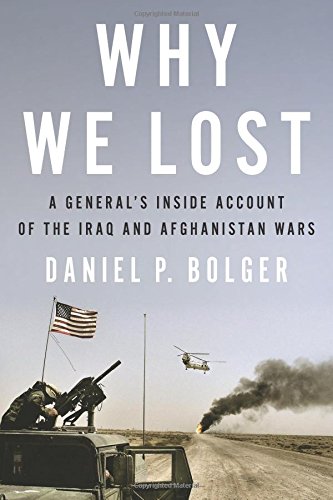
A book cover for Why We Lost: A General's Inside Account of the Iraq and Afghanistan Wars; Daniel Bolger; History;